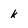
Character: k